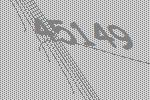
45149